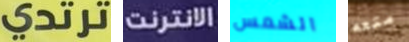
ترتدي الانترنت الشمس متعه